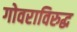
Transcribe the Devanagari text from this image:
गोवराविरुद्ध